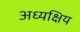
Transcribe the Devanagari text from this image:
अध्यक्षिय